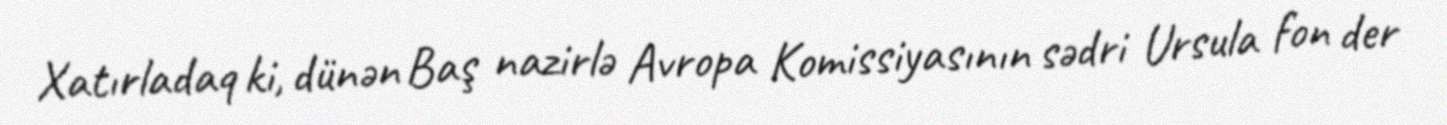
Xatırladaq ki, dünən Baş nazirlə Avropa Komissiyasının sədri Ursula fon der